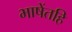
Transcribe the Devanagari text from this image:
भाषेंतहि